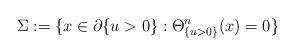
LaTeX: \begin{align*} \Sigma := \{x \in \partial \{u>0\}: \Theta^n_{\{u>0\}}(x) = 0 \}\end{align*}